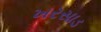
ખરસાડ